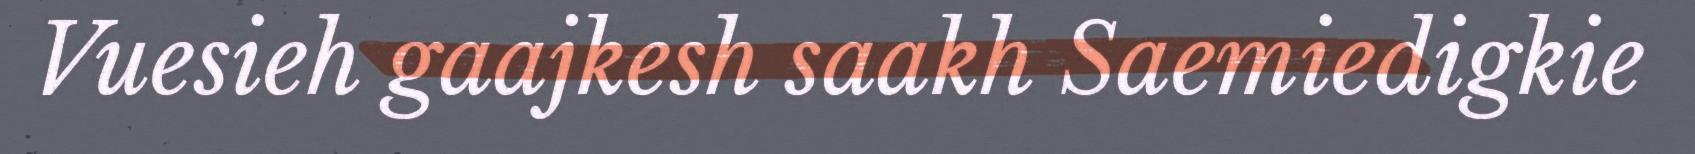
Vuesieh gaajkesh saakh Saemiedigkie